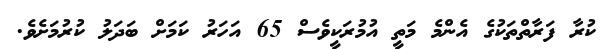
ކުރާ ފަރާތްތަކުގެ އެންމެ މަތީ އުމުރަކީވެސް 65 އަހަރު ކަމަށް ބަދަލު ކުރުމަށެވެ.